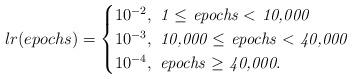
LaTeX: \begin{align*}lr(epochs)=\begin{cases}10^{-2}, \textit{ 1 $\leq$ epochs $<$ 10,000}\\10^{-3}, \textit{ 10,000 $\leq$ epochs $<$ 40,000}\\10^{-4},\textit{ epochs $\geq$ 40,000}.\end{cases}\end{align*}